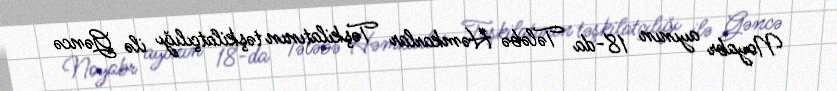
Noyabr ayının 18-da Tələbə Həmkarlar Təşkilatının təşkilatçılığı ilə Gəncə